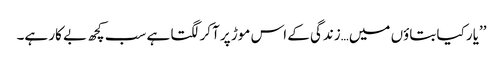
’’یار کیا بتاؤں میں…زندگی کے اس موڑ پر آکر لگتا ہے سب کچھ بے کار ہے۔